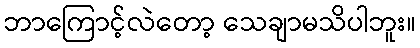
ဘာကြောင့်လဲတော့ သေချာမသိပါဘူး။